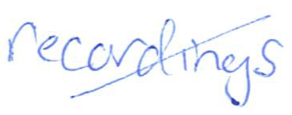
Text: recordings
Cross-out: mix
Writing tool: ballpoint